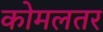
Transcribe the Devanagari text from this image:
कोमलतर